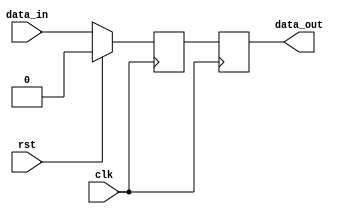
module latch_delay (
  input wire clk,       // Clock signal
  input wire rst,       // Reset signal
  input wire data_in,   // Input data signal
  output reg data_out   // Output data signal
);

reg internal_data;      // Internal data signal

always @(posedge clk) begin
  if (rst) begin
    internal_data <= 1'b0;  // Reset internal data on reset signal
  end else begin
    internal_data <= data_in; // Assign input data to internal data
  end
end

always @(posedge clk) begin
  data_out <= internal_data;  // Output internal data on next clock edge
end

endmodule